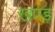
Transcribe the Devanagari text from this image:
खण्ड़